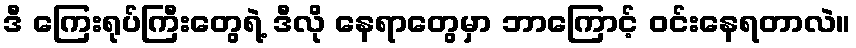
ဒီ ကြေးရုပ်ကြီးတွေရဲ့ ဒီလို နေရာတွေမှာ ဘာကြောင့် ဝင်းနေရတာလဲ။